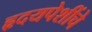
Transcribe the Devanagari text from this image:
हृदयपेशींचे